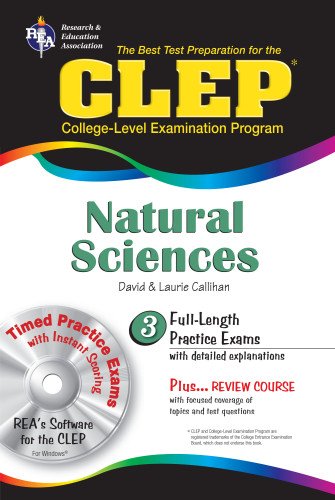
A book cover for CLEP Natural Sciences w/ CD-ROM (CLEP Test Preparation); Laurie Ann Callihan; Test Preparation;